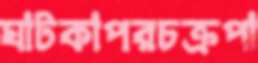
ঘাটকাপরচক্রপা